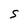
Character: S